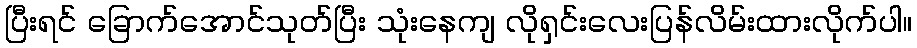
ပြီးရင် ခြောက်အောင်သုတ်ပြီး သုံးနေကျ လိုရှင်းလေးပြန်လိမ်းထားလိုက်ပါ။